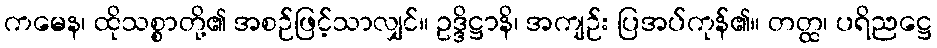
ကမေန၊ ထိုသစ္စာတို့၏ အစဉ်ဖြင့်သာလျှင်။ ဥဒ္ဒိဋ္ဌာနိ၊ အကျဉ်း ပြအပ်ကုန်၏။ တတ္ထ၊ ပရိညဋ္ဌေ